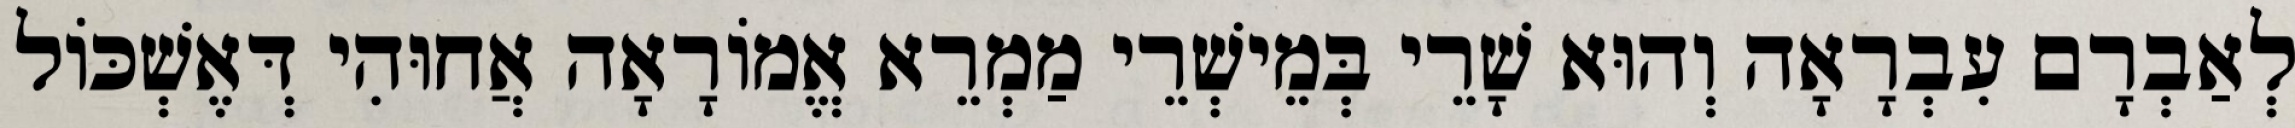
לְאַבְרָם עִבְרָאָה וְהוּא שָׁרֵי בְּמֵישְׁרֵי מַמְרֵא אֱמוֹרָאָה אֲחוּהִי דְּאֶשְׁכּוֹל